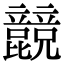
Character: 𣬙